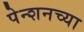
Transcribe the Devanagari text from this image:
पेन्शनच्या